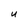
Character: U